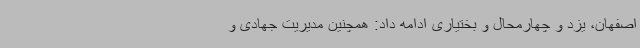
اصفهان، یزد و چهارمحال و بختیاری ادامه داد: همچنین مدیریت جهادی و